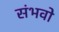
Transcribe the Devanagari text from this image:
संभवो